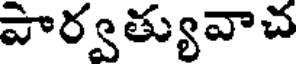
వార్వత్యువాచ